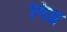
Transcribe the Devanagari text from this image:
गिग्ज